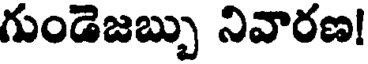
గుండెజబ్బు నివారణ!